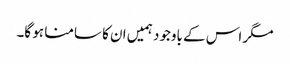
مگر اس کے باوجود ہمیں ان کا سامنا ہو گا۔